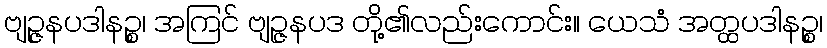
ဗျဉ္ဇနပဒါနဉ္စ၊ အကြင် ဗျဉ္ဇနပဒ တို့၏လည်းကောင်း။ ယေသံ အတ္ထပဒါနဉ္စ၊